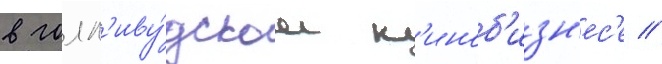
в голл'иву́дском к'иноб'изн'ес'е //